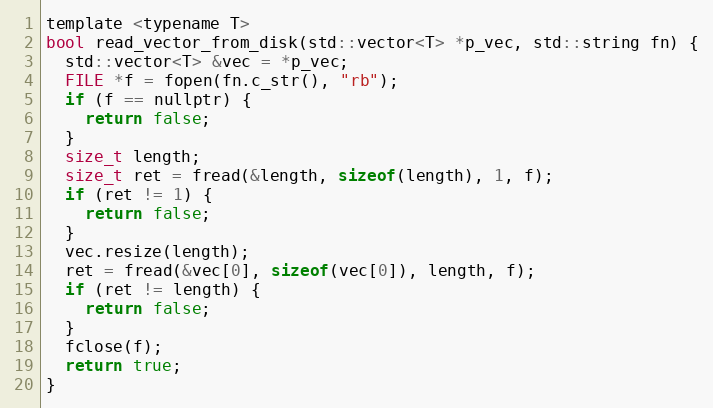
Language: C
template <typename T>
bool read_vector_from_disk(std::vector<T> *p_vec, std::string fn) {
  std::vector<T> &vec = *p_vec;
  FILE *f = fopen(fn.c_str(), "rb");
  if (f == nullptr) {
    return false;
  }
  size_t length;
  size_t ret = fread(&length, sizeof(length), 1, f);
  if (ret != 1) {
    return false;
  }
  vec.resize(length);
  ret = fread(&vec[0], sizeof(vec[0]), length, f);
  if (ret != length) {
    return false;
  }
  fclose(f);
  return true;
}